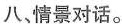
八、情景对话。